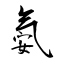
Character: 氨